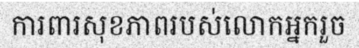
ការពារសុខភាពរបស់លោកអ្នករួច